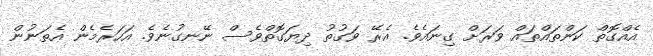
އެއްގޮތް ކަންތައްތައް ވަރަށް ގިނައެވެ. އެރޭ ވަގުތު ދިޔަގޮތްވެސް ނޭނގުނެވެ. އަަހަރެމެން އެތަނުން